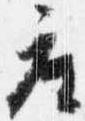
座